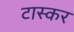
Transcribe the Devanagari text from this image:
टास्कर